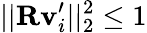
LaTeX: ||\mathbf{R}\mathbf{v}_{i}^{\prime}||_{2}^{2}\leq 1